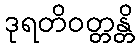
ဒုရတိဝတ္တန္တိ